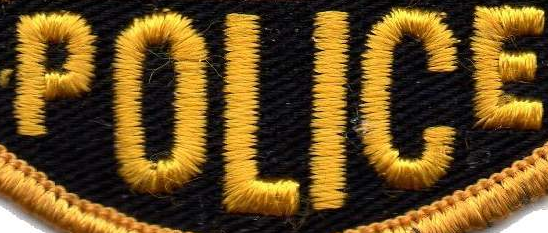
POLICE